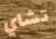
تشاي